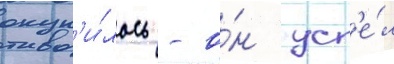
окуп'и́лось - о́н усп'е́л